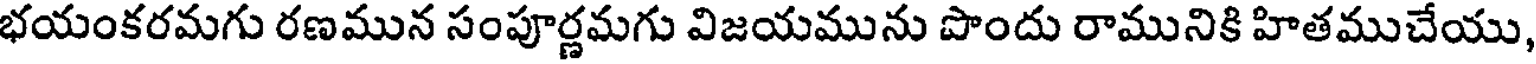
భయంకరమగు రణమున సంపూర్ణమగు విజయమును పొందు రామునికి హితముచేయు,